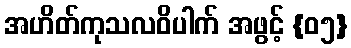
အဟိတ်ကုသလဝိပါက် အဖွင့် {၀၅}